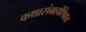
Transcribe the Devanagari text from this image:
कथासंग्रहांशिवाय